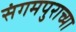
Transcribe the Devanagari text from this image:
संगमपुराच्या